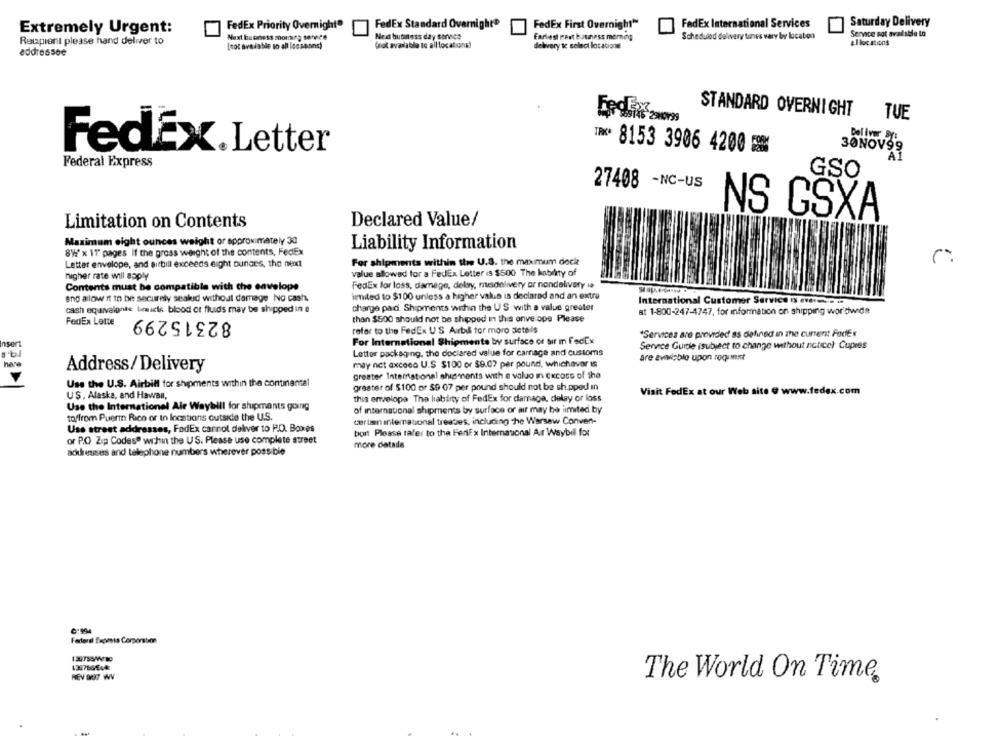
Saturday Delivery
Extremely Urgent:
FedEx Priority Overnight®
FedEx Standard Overnight®
FedEx First Overnight™
FedEx International Services
Next business moming service
Next business day service
Fariest ment kuruness memeg
Scheduled delivery tines vary by location
Sennce not available to
Reupient please hand deliver to
[not avaiable to all locssans)
Gnot available to all locations)
delivery to select locations
allocations
addressee
STANDARD OVERNIGHT
TUE
Boliver DY
FedEX.Letter
8153 3906 4200
30NOV99
Federal Express
GSO
27408 -NC-US
Declared Value/
NS GSXA
Limitation on Contents
Maximum eight ounces weight or approximately 30
8%' x 11" pages If the gross weight of the contents, FedEx
Liability Information
Letter envelope, and airbill exceeds eight ounces, the next
For shipments within the U.S. the maximum deckt
value allowed for a FedEx Letter is $500 The habeity of
higher rate will apply
Contents must be compatible with the envelope
FedEx for loss, damage, delay, musdelivery or nondelivery ia
imited to $100 unless a higher valo is declared and an extra
and allow it to be securely seakid without damage No cash,
International Customer Service IS vetem m
cash equivalgnte timiste blood of fluids may be shipped in a
charge pad. Shipments within the US with a value greater
at 1-800-247-4747, for information on shipping worldwide
82315299
than $500 should not be shipped in this enve ope Please
FedEx Lette
refer to the FedEx US Airt& for moro sietels
"Services are provided as defined in the current FedEx
For International Shipments by surface or sır m fedEx
nsert
Senece Guide (subject to change without notice) Cupres
Letter packaging. the declared value for carnage and customs
are aviviablo upon request
here
may net axcaca U.S $100 or $9.07 per pound, whichever is
Address/Delivery
greater International shipments with a valuo in excons of the
Use the U.S. Airbill for shipments within the continental
greater of $100 or $9 07 per pound should not be sh.pped in
Visit FedEx at our Web site @ www.fedex.com
US, Alaska, and Hawan,
this envelopa Tha labirty of FedEx for damaga, delay or loss
Use the International Air Waybill for shipments going
toffrom Puerto Rico or In Inostions outside the U.S.
of international shipments by surface of air may be limited by
cer ten international treaties, including the Warsaw Convent-
Use street addresses, FedEx carnot deliver to P.O. Boxes
bon Please refer to the FertEx International Air Waybill for
or P.O Zip Codeso wichin the US. Please use complete street
more datadle
adresses and telephone numbers wherever possible
Federal Espessa Corporation
REV ORT WV
The World On Time